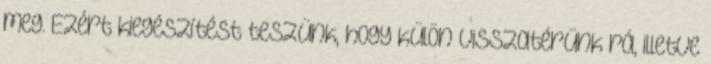
meg. Ezért kiegészítést teszünk, hogy külön visszatérünk rá, illetve